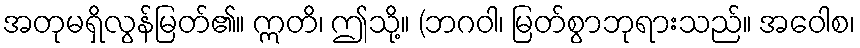
အတုမရှိလွန်မြတ်၏။ ဣတိ၊ ဤသို့။ (ဘဂဝါ၊ မြတ်စွာဘုရားသည်။ အဝေါစ၊